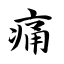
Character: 痛